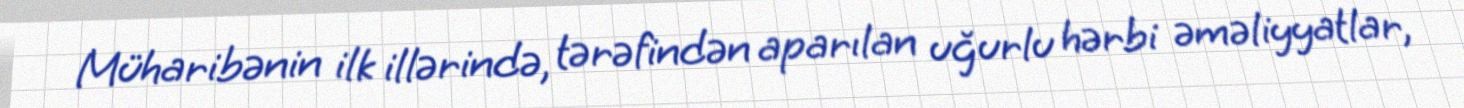
Müharibənin ilk illərində, tərəfindən aparılan uğurlu hərbi əməliyyatlar,